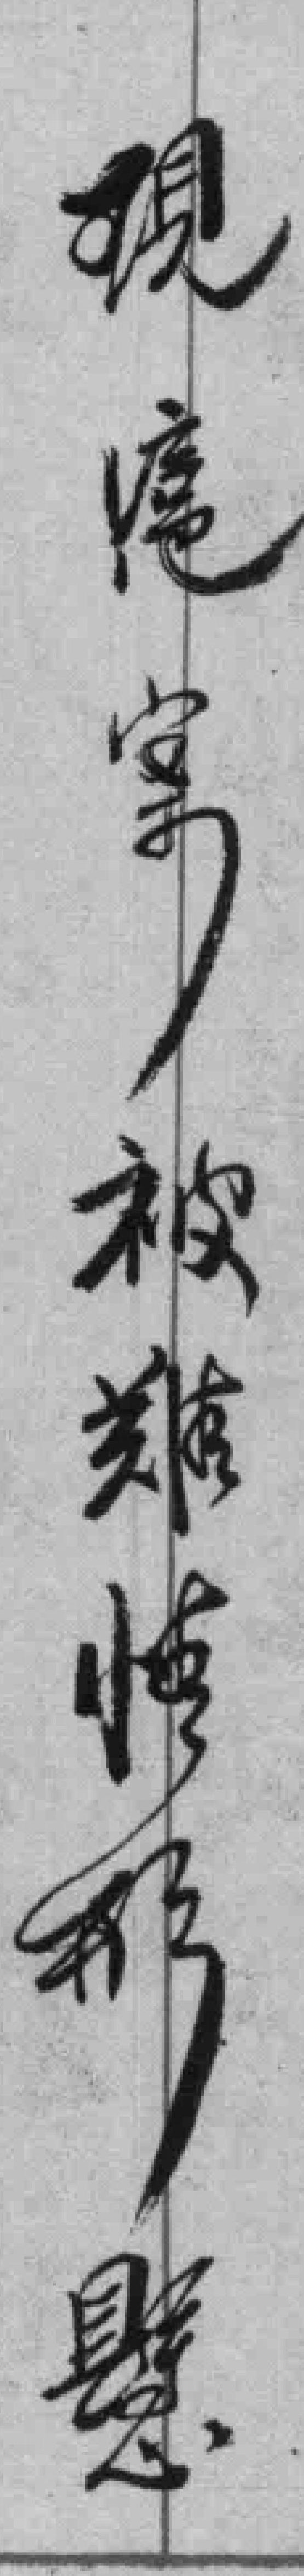
現滬案被難情形懸